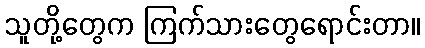
သူတို့တွေက ကြက်သားတွေရောင်းတာ။